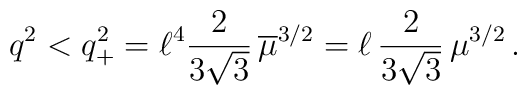
q^2<q_+^2=\ell^4\frac{2}{3\sqrt{3}}\,\overline{\mu}^{3/2}=\ell\,\frac{2}{3\sqrt{3}}\,\mu^{3/2}\,.